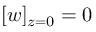
[ w ] _ { z = 0 } = 0